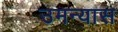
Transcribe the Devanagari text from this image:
उमन्यास